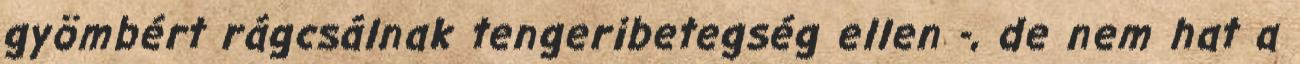
gyömbért rágcsálnak tengeribetegség ellen -, de nem hat a